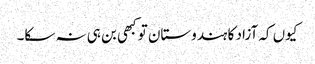
کیوں کہ آزاد کا ہندوستان تو کبھی بن ہی نہ سکا۔